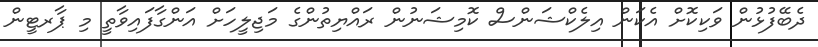
ދެބޭފުޅުން ވަކިކޮށް އެކަން އިލެކްޝަންސް ކޮމިޝަނުން ރައްޔިތުންގެ މަޖިލީހަށް އަންގާފައިވާތީ މި ޕާރޓީން